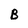
Character: B